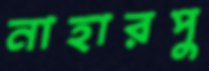
নাহারপু